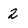
Character: 2